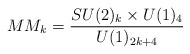
\begin{align*}MM_k = \frac{SU(2)_{k}\times U(1)_4}{U(1)_{2k+4}}\end{align*}